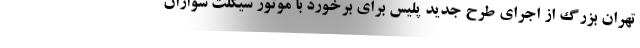
تهران بزرگ از اجرای طرح جدید پلیس برای برخورد با موتور سیکلت سواران